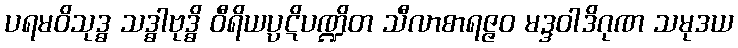
ပရမဝိသုဒ္ဓ သဒ္ဓါဗုဒ္ဓိ ဝီရိယပ္ပဋိပဏ္ဍိတ သီလာစာရဇ္ဇဝ မဒ္ဒဝါဒိဂုဏ သမုဒယ